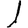
Digit: 1